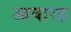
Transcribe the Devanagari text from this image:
आवारह